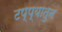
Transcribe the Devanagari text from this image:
टप्प्यातुन